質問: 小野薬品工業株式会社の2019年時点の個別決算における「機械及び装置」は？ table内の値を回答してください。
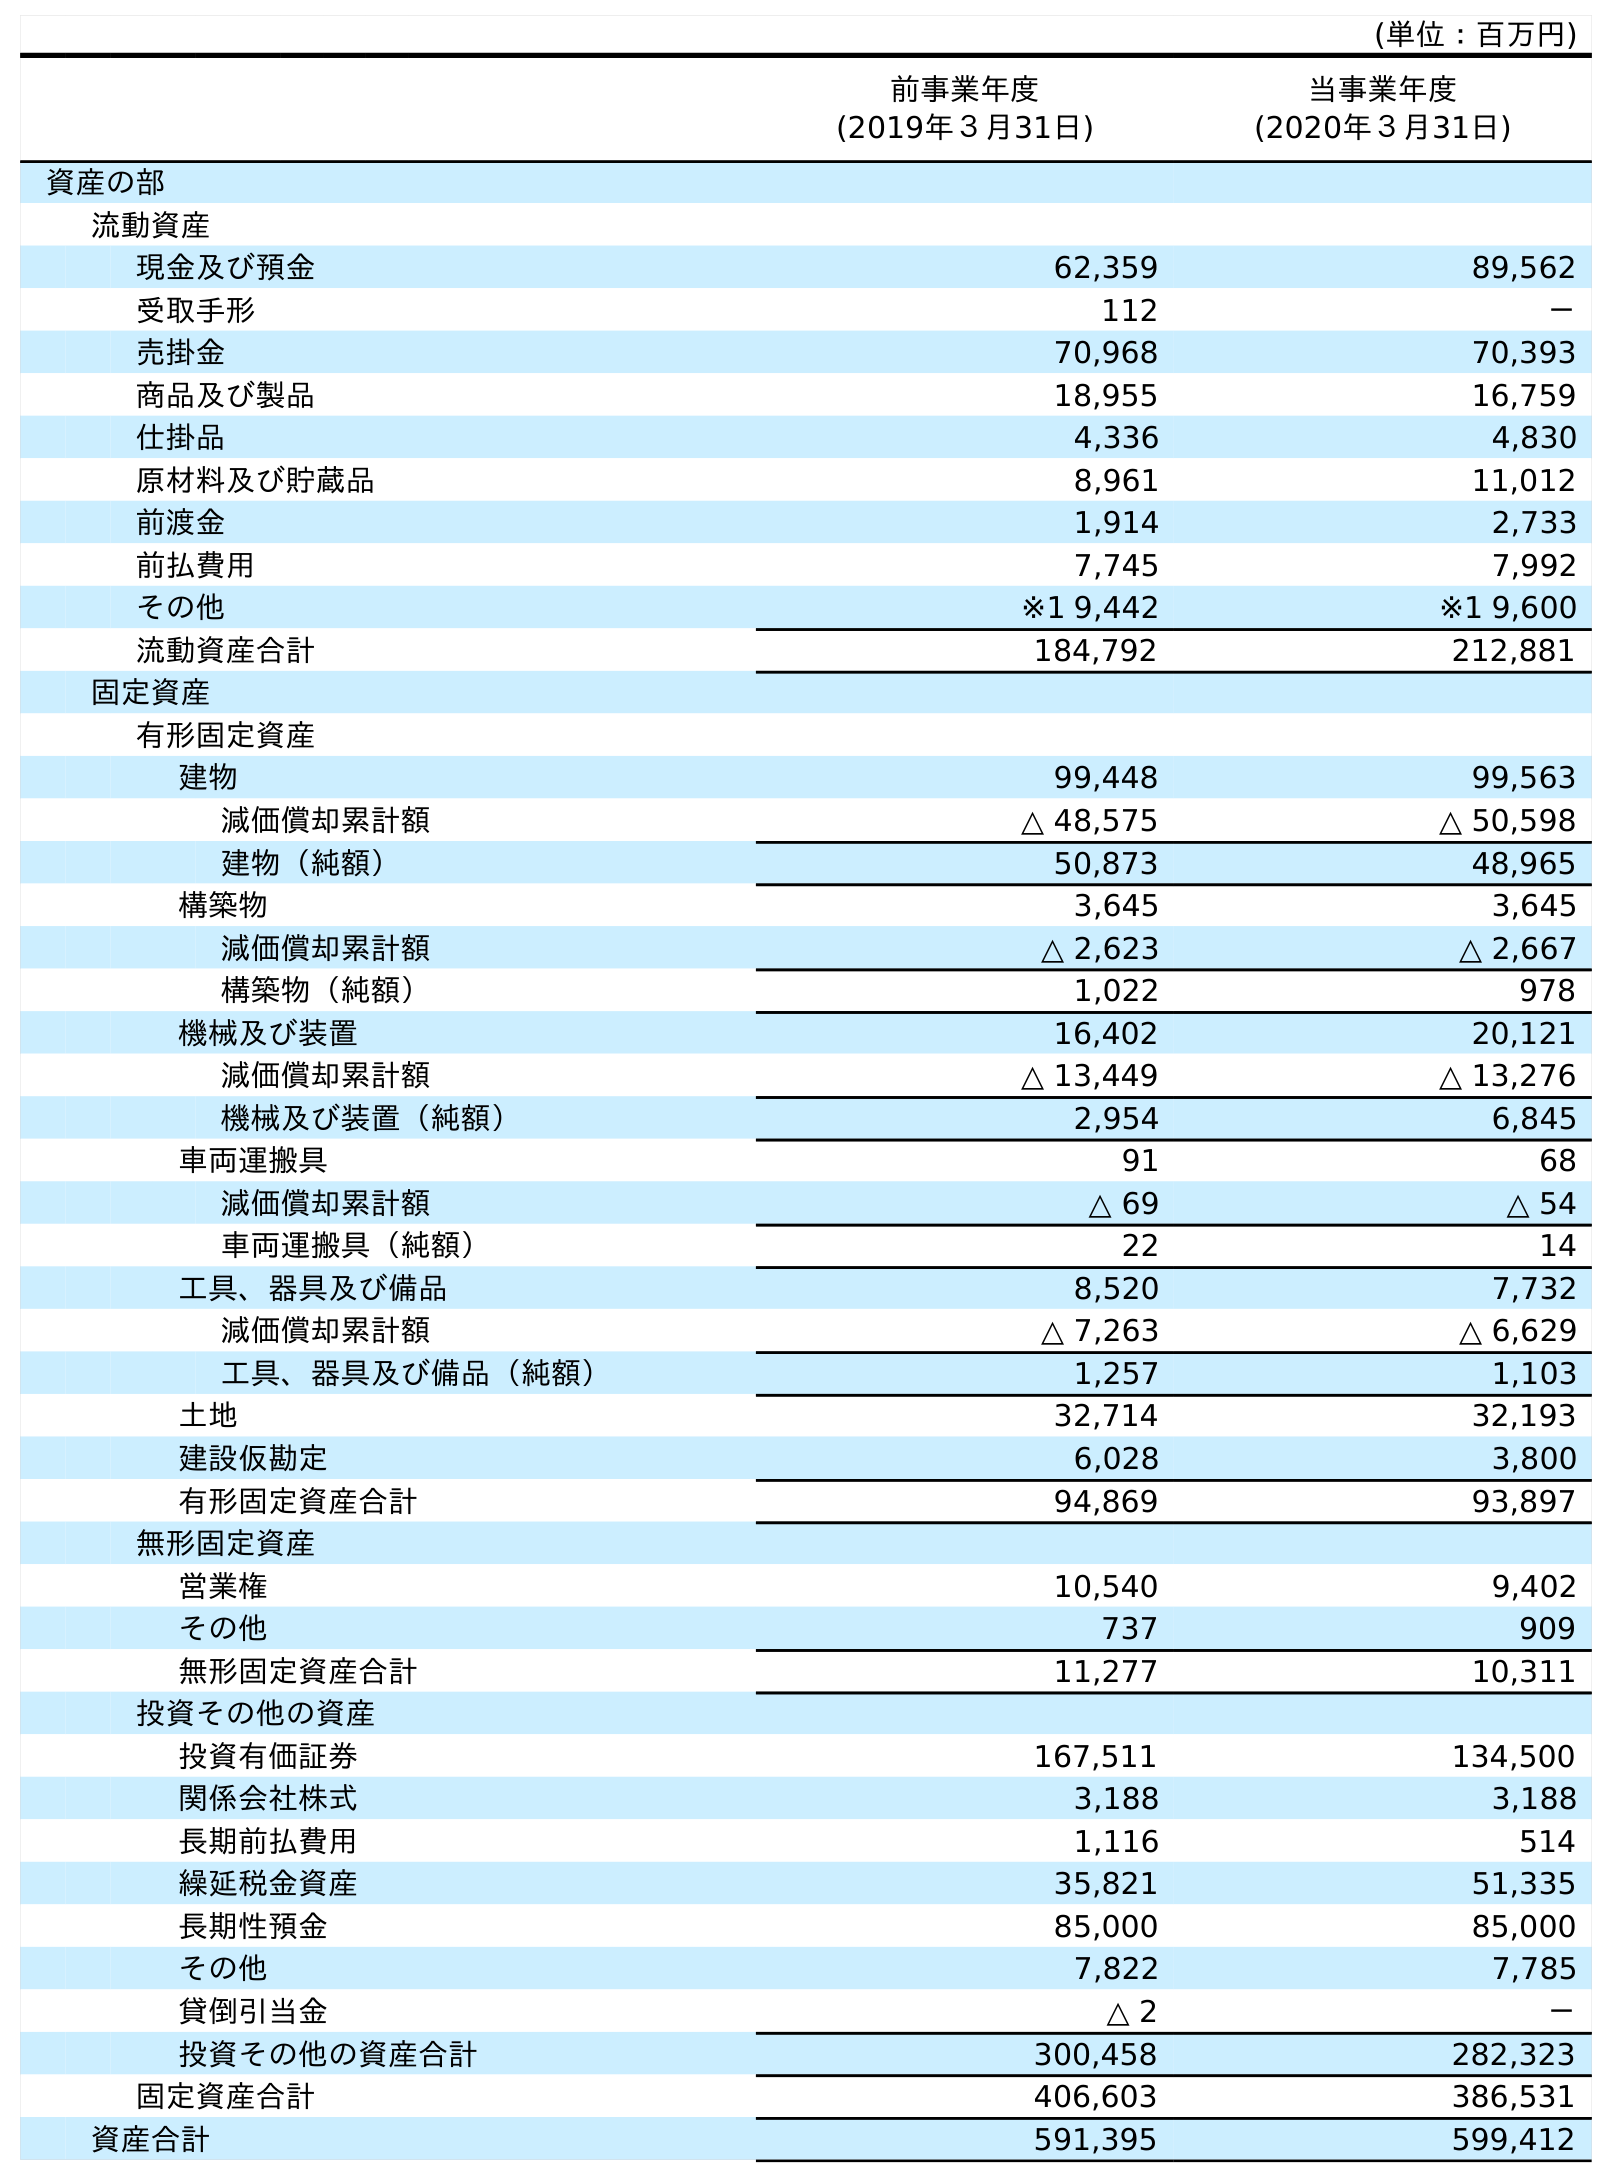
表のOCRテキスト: (単位：百万円) 前事業年度 (2019年３月31日) 当事業年度 (2020年３月31日) 資産の部 流動資産 現金及び預金 62,359 89,562 受取手形 112 － 売掛金 70,968 70,393 商品及び製品 18,955 16,759 仕掛品 4,336 4,830 原材料及び貯蔵品 8,961 11,012 前渡金 1,914 2,733 前払費用 7,745 7,992 その他 ※1 9,442 ※1 9,600 流動資産合計 184,792 212,881 固定資産 有形固定資産 建物 99,448 99,563 減価償却累計額 △ 48,575 △ 50,598 建物（純額） 50,873 48,965 構築物 3,645 3,645 減価償却累計額 △ 2,623 △ 2,667 構築物（純額） 1,022 978 機械及び装置 16,402 20,121 減価償却累計額 △ 13,449 △ 13,276 機械及び装置（純額） 2,954 6,845 車両運搬具 91 68 減価償却累計額 △ 69 △ 54 車両運搬具（純額） 22 14 工具、器具及び備品 8,520 7,732 減価償却累計額 △ 7,263 △ 6,629 工具、器具及び備品（純額） 1,257 1,103 土地 32,714 32,193 建設仮勘定 6,028 3,800 有形固定資産合計 94,869 93,897 無形固定資産 営業権 10,540 9,402 その他 737 909 無形固定資産合計 11,277 10,311 投資その他の資産 投資有価証券 167,511 134,500 関係会社株式 3,188 3,188 長期前払費用 1,116 514 繰延税金資産 35,821 51,335 長期性預金 85,000 85,000 その他 7,822 7,785 貸倒引当金 △ 2 － 投資その他の資産合計 300,458 282,323 固定資産合計 406,603 386,531 資産合計 591,395 599,412
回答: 16,402